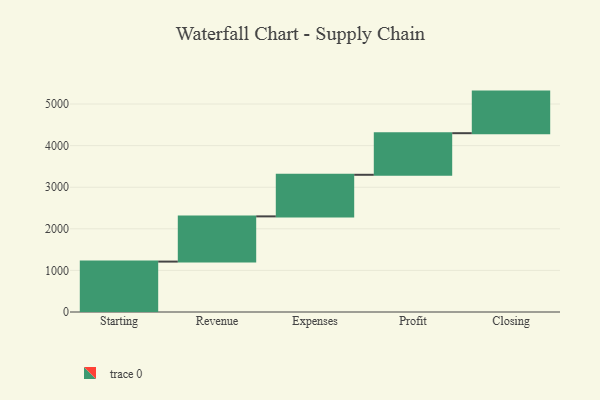
{"axis": {"x": "Step", "y": "Value"}, "legend": [""], "data": [{"x": "Starting", "y": 1212.0, "type": ""}, {"x": "Revenue", "y": 1087.0, "type": ""}, {"x": "Expenses", "y": 1000, "type": ""}, {"x": "Profit", "y": 1000, "type": ""}, {"x": "Closing", "y": 1000, "type": ""}]}